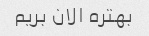
بهتره الان بریم